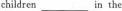
children___in the